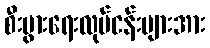
စီးပွားရေးလုပ်ငန်းများအား